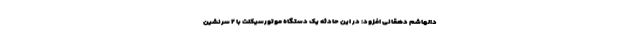
دالهاشم دهقانی افزود: در این حادثه یک دستگاه موتورسیکلت با ۲ سرنشین